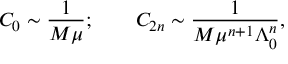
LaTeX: C _ { 0 } \sim \frac { 1 } { M \mu } ; \qquad C _ { 2 n } \sim \frac { 1 } { M \mu ^ { n + 1 } \Lambda _ { 0 } ^ { n } } ,